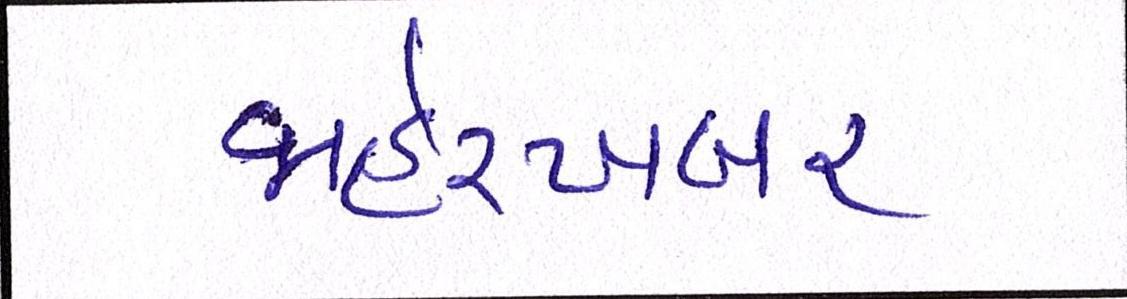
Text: જાહેરખબર